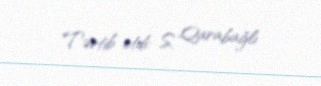
Tərtib etdi: S. Qarabağlı